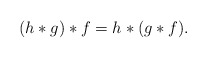
\begin{align*}(h \ast g) \ast f = h \ast (g \ast f) .\end{align*}